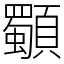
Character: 䫳